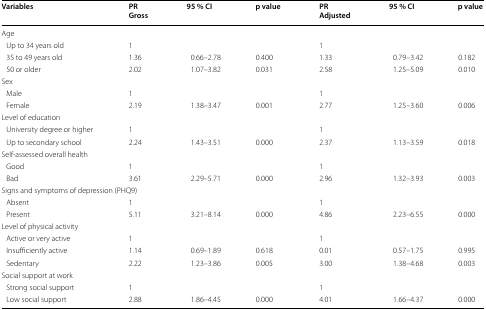
<table><thead><tr><td><b>Variables</b></td><td><b>PRGross</b></td><td><b>95 % CI</b></td><td><b>p value</b></td><td><b>PRAdjusted</b></td><td><b>95 % CI</b></td><td><b>p value</b></td></tr></thead><tbody><tr><td colspan="7">Age</td></tr><tr><td> Up to 34 years old</td><td>1</td><td></td><td></td><td>1</td><td></td><td></td></tr><tr><td> 35 to 49 years old</td><td>1.36</td><td>0.66–2.78</td><td>0.400</td><td>1.33</td><td>0.79–3.42</td><td>0.182</td></tr><tr><td> 50 or older</td><td>2.02</td><td>1.07–3.82</td><td>0.031</td><td>2.58</td><td>1.25–5.09</td><td>0.010</td></tr><tr><td colspan="7">Sex</td></tr><tr><td> Male</td><td>1</td><td></td><td></td><td>1</td><td></td><td></td></tr><tr><td> Female</td><td>2.19</td><td>1.38–3.47</td><td>0.001</td><td>2.77</td><td>1.25–3.60</td><td>0.006</td></tr><tr><td colspan="7">Level of education</td></tr><tr><td> University degree or higher</td><td>1</td><td></td><td></td><td>1</td><td></td><td></td></tr><tr><td> Up to secondary school</td><td>2.24</td><td>1.43–3.51</td><td>0.000</td><td>2.37</td><td>1.13–3.59</td><td>0.018</td></tr><tr><td colspan="7">Self-assessed overall health</td></tr><tr><td> Good</td><td>1</td><td></td><td></td><td>1</td><td></td><td></td></tr><tr><td> Bad</td><td>3.61</td><td>2.29–5.71</td><td>0.000</td><td>2.96</td><td>1.32–3.93</td><td>0.003</td></tr><tr><td colspan="7">Signs and symptoms of depression (PHQ9)</td></tr><tr><td> Absent</td><td>1</td><td></td><td></td><td>1</td><td></td><td></td></tr><tr><td> Present</td><td>5.11</td><td>3.21–8.14</td><td>0.000</td><td>4.86</td><td>2.23–6.55</td><td>0.000</td></tr><tr><td colspan="7">Level of physical activity</td></tr><tr><td> Active or very active</td><td>1</td><td></td><td></td><td>1</td><td></td><td></td></tr><tr><td> Insufficiently active</td><td>1.14</td><td>0.69–1.89</td><td>0.618</td><td>0.01</td><td>0.57–1.75</td><td>0.995</td></tr><tr><td> Sedentary</td><td>2.22</td><td>1.23–3.86</td><td>0.005</td><td>3.00</td><td>1.38–4.68</td><td>0.003</td></tr><tr><td colspan="7">Social support at work</td></tr><tr><td> Strong social support</td><td>1</td><td></td><td></td><td>1</td><td></td><td></td></tr><tr><td> Low social support</td><td>2.88</td><td>1.86–4.45</td><td>0.000</td><td>4.01</td><td>1.66–4.37</td><td>0.000</td></tr></tbody></table>